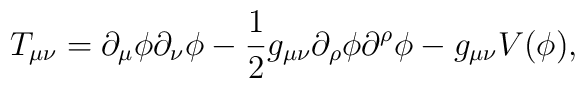
T_{\mu\nu}=\partial_\mu\phi \partial_\nu \phi-\frac{1}{2}g_{\mu\nu}\partial_\rho\phi \partial^\rho \phi-g_{\mu\nu}V(\phi),